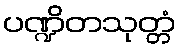
ပဏ္ဍိတသုတ္တံ